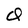
Character: O